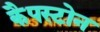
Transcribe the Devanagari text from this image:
कैपस्टोन